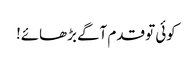
کوئی تو قدم آگے بڑھائے!